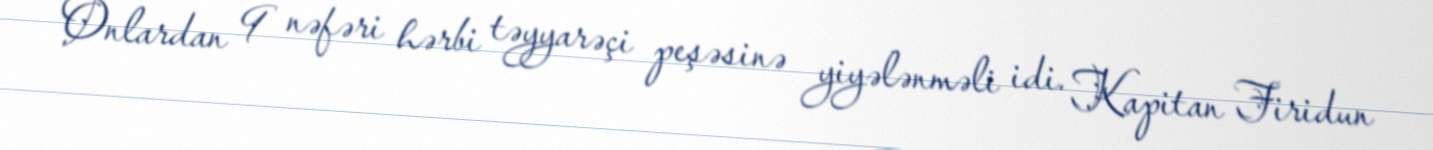
Onlardan 9 nəfəri hərbi təyyarəçi peşəsinə yiyələnməli idi. Kapitan Firidun